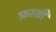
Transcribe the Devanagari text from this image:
फ़ासी